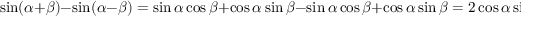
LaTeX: \sin ( \alpha + \beta ) - \sin ( \alpha - \beta ) = \sin \alpha \cos \beta + \cos \alpha \sin \beta - \sin \alpha \cos \beta + \cos \alpha \sin \beta = 2 \cos \alpha \sin \beta